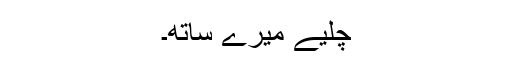
چلیے میرے ساتھ۔